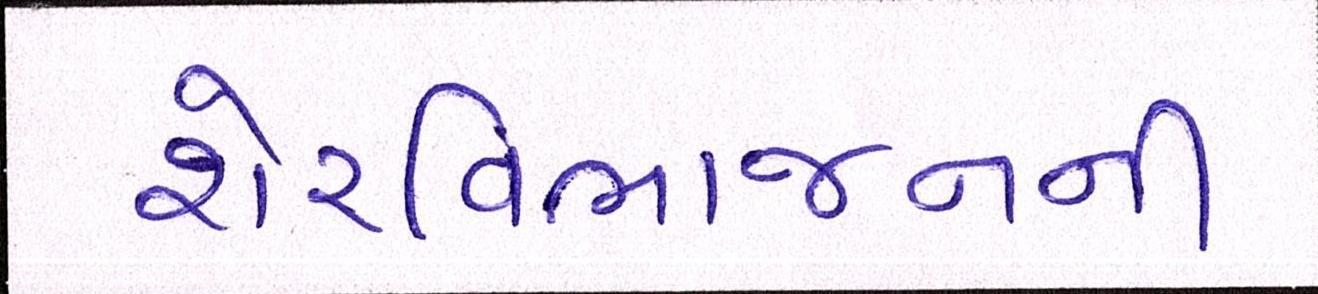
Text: શેરવિભાજનની